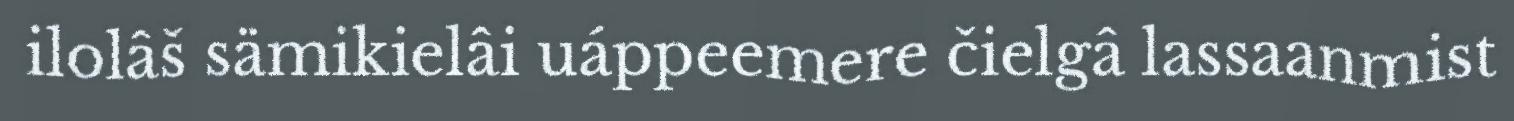
ilolâš sämikielâi uáppeemere čielgâ lassaanmist